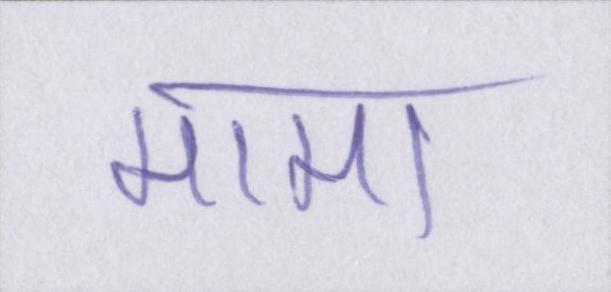
मामा